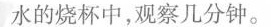
水的烧杯中，观察几分钟。